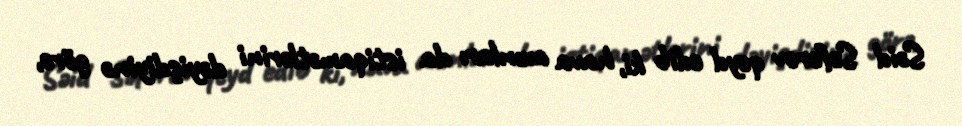
Səid Səfərov qeyd edib ki, hava axınları da istiqamətlərini dəyişdiyinə görə,